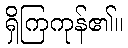
ရှိကြကုန်၏။